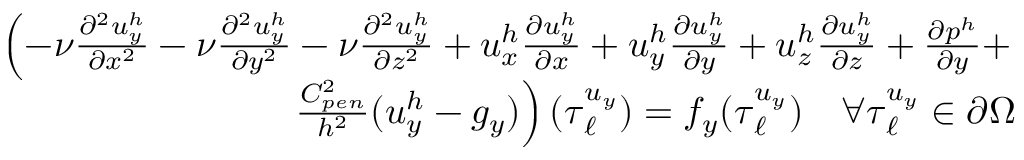
\begin{array} { r } { \left( - \nu \frac { \partial ^ { 2 } u _ { y } ^ { h } } { \partial x ^ { 2 } } - \nu \frac { \partial ^ { 2 } u _ { y } ^ { h } } { \partial y ^ { 2 } } - \nu \frac { \partial ^ { 2 } u _ { y } ^ { h } } { \partial z ^ { 2 } } + u _ { x } ^ { h } \frac { \partial u _ { y } ^ { h } } { \partial x } + u _ { y } ^ { h } \frac { \partial u _ { y } ^ { h } } { \partial y } + u _ { z } ^ { h } \frac { \partial u _ { y } ^ { h } } { \partial z } + \frac { \partial p ^ { h } } { \partial y } + \right. } \\ { \left. \frac { C _ { p e n } ^ { 2 } } { h ^ { 2 } } ( u _ { y } ^ { h } - g _ { y } ) \right) ( \boldsymbol { \tau } _ { \ell } ^ { u _ { y } } ) = f _ { y } ( \boldsymbol { \tau } _ { \ell } ^ { u _ { y } } ) \quad \forall \boldsymbol { \tau } _ { \ell } ^ { u _ { y } } \in \partial \Omega } \end{array}